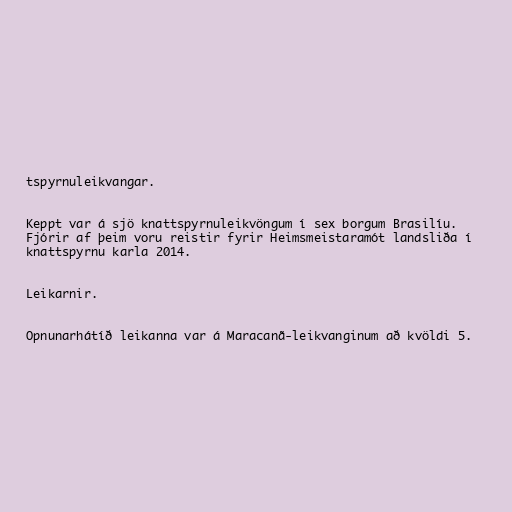
tspyrnuleikvangar.

Keppt var á sjö knattspyrnuleikvöngum í sex borgum Brasilíu.
Fjórir af þeim voru reistir fyrir Heimsmeistaramót landsliða í
knattspyrnu karla 2014.

Leikarnir.

Opnunarhátíð leikanna var á Maracanã-leikvanginum að kvöldi 5.